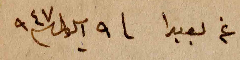
عن بعبدا ٩ ايلول ١٩٤٧